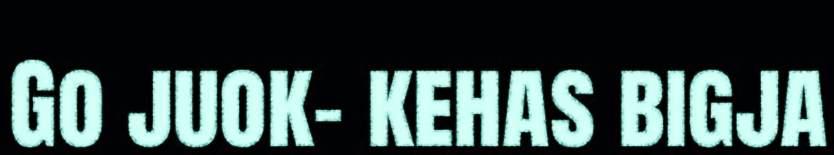
Go juok- kehas bigja